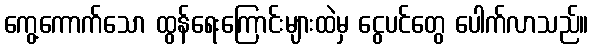
ကွေ့ကောက်သော ထွန်ရေးကြောင်းများထဲမှ ငွေပင်တွေ ပေါက်လာသည်။